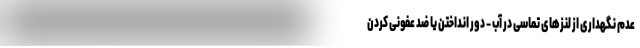
عدم نگهداری از لنزهای تماسی در آب - دور انداختن یا ضد عفونی کردن